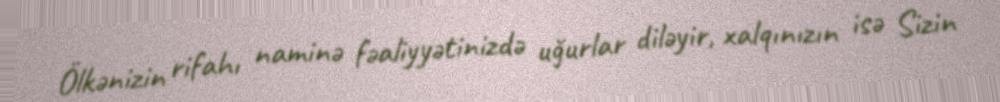
Ölkənizin rifahı naminə fəaliyyətinizdə uğurlar diləyir, xalqınızın isə Sizin